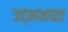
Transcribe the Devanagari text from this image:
उद्भभवत